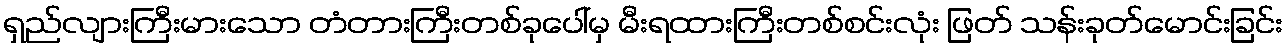
ရှည်လျားကြီးမားသော တံတားကြီးတစ်ခုပေါ်မှ မီးရထားကြီးတစ်စင်းလုံး ဖြတ် သန်းခုတ်မောင်းခြင်း